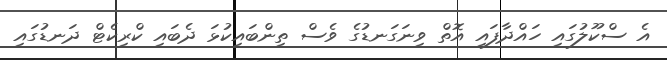
އެ ސްކޫލުގައި ހައްދާފައި އޮތް ވިނަގަނޑުގެ ވެސް ތިންބައިކުޅަ ދެބައި ކްރިކެޓް ދަނޑުގައި